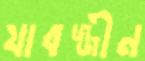
যাবজ্জীন